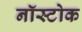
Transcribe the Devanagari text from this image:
नॉस्टोक